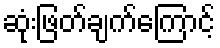
ဆုံးဖြတ်ချက်ကြောင့်